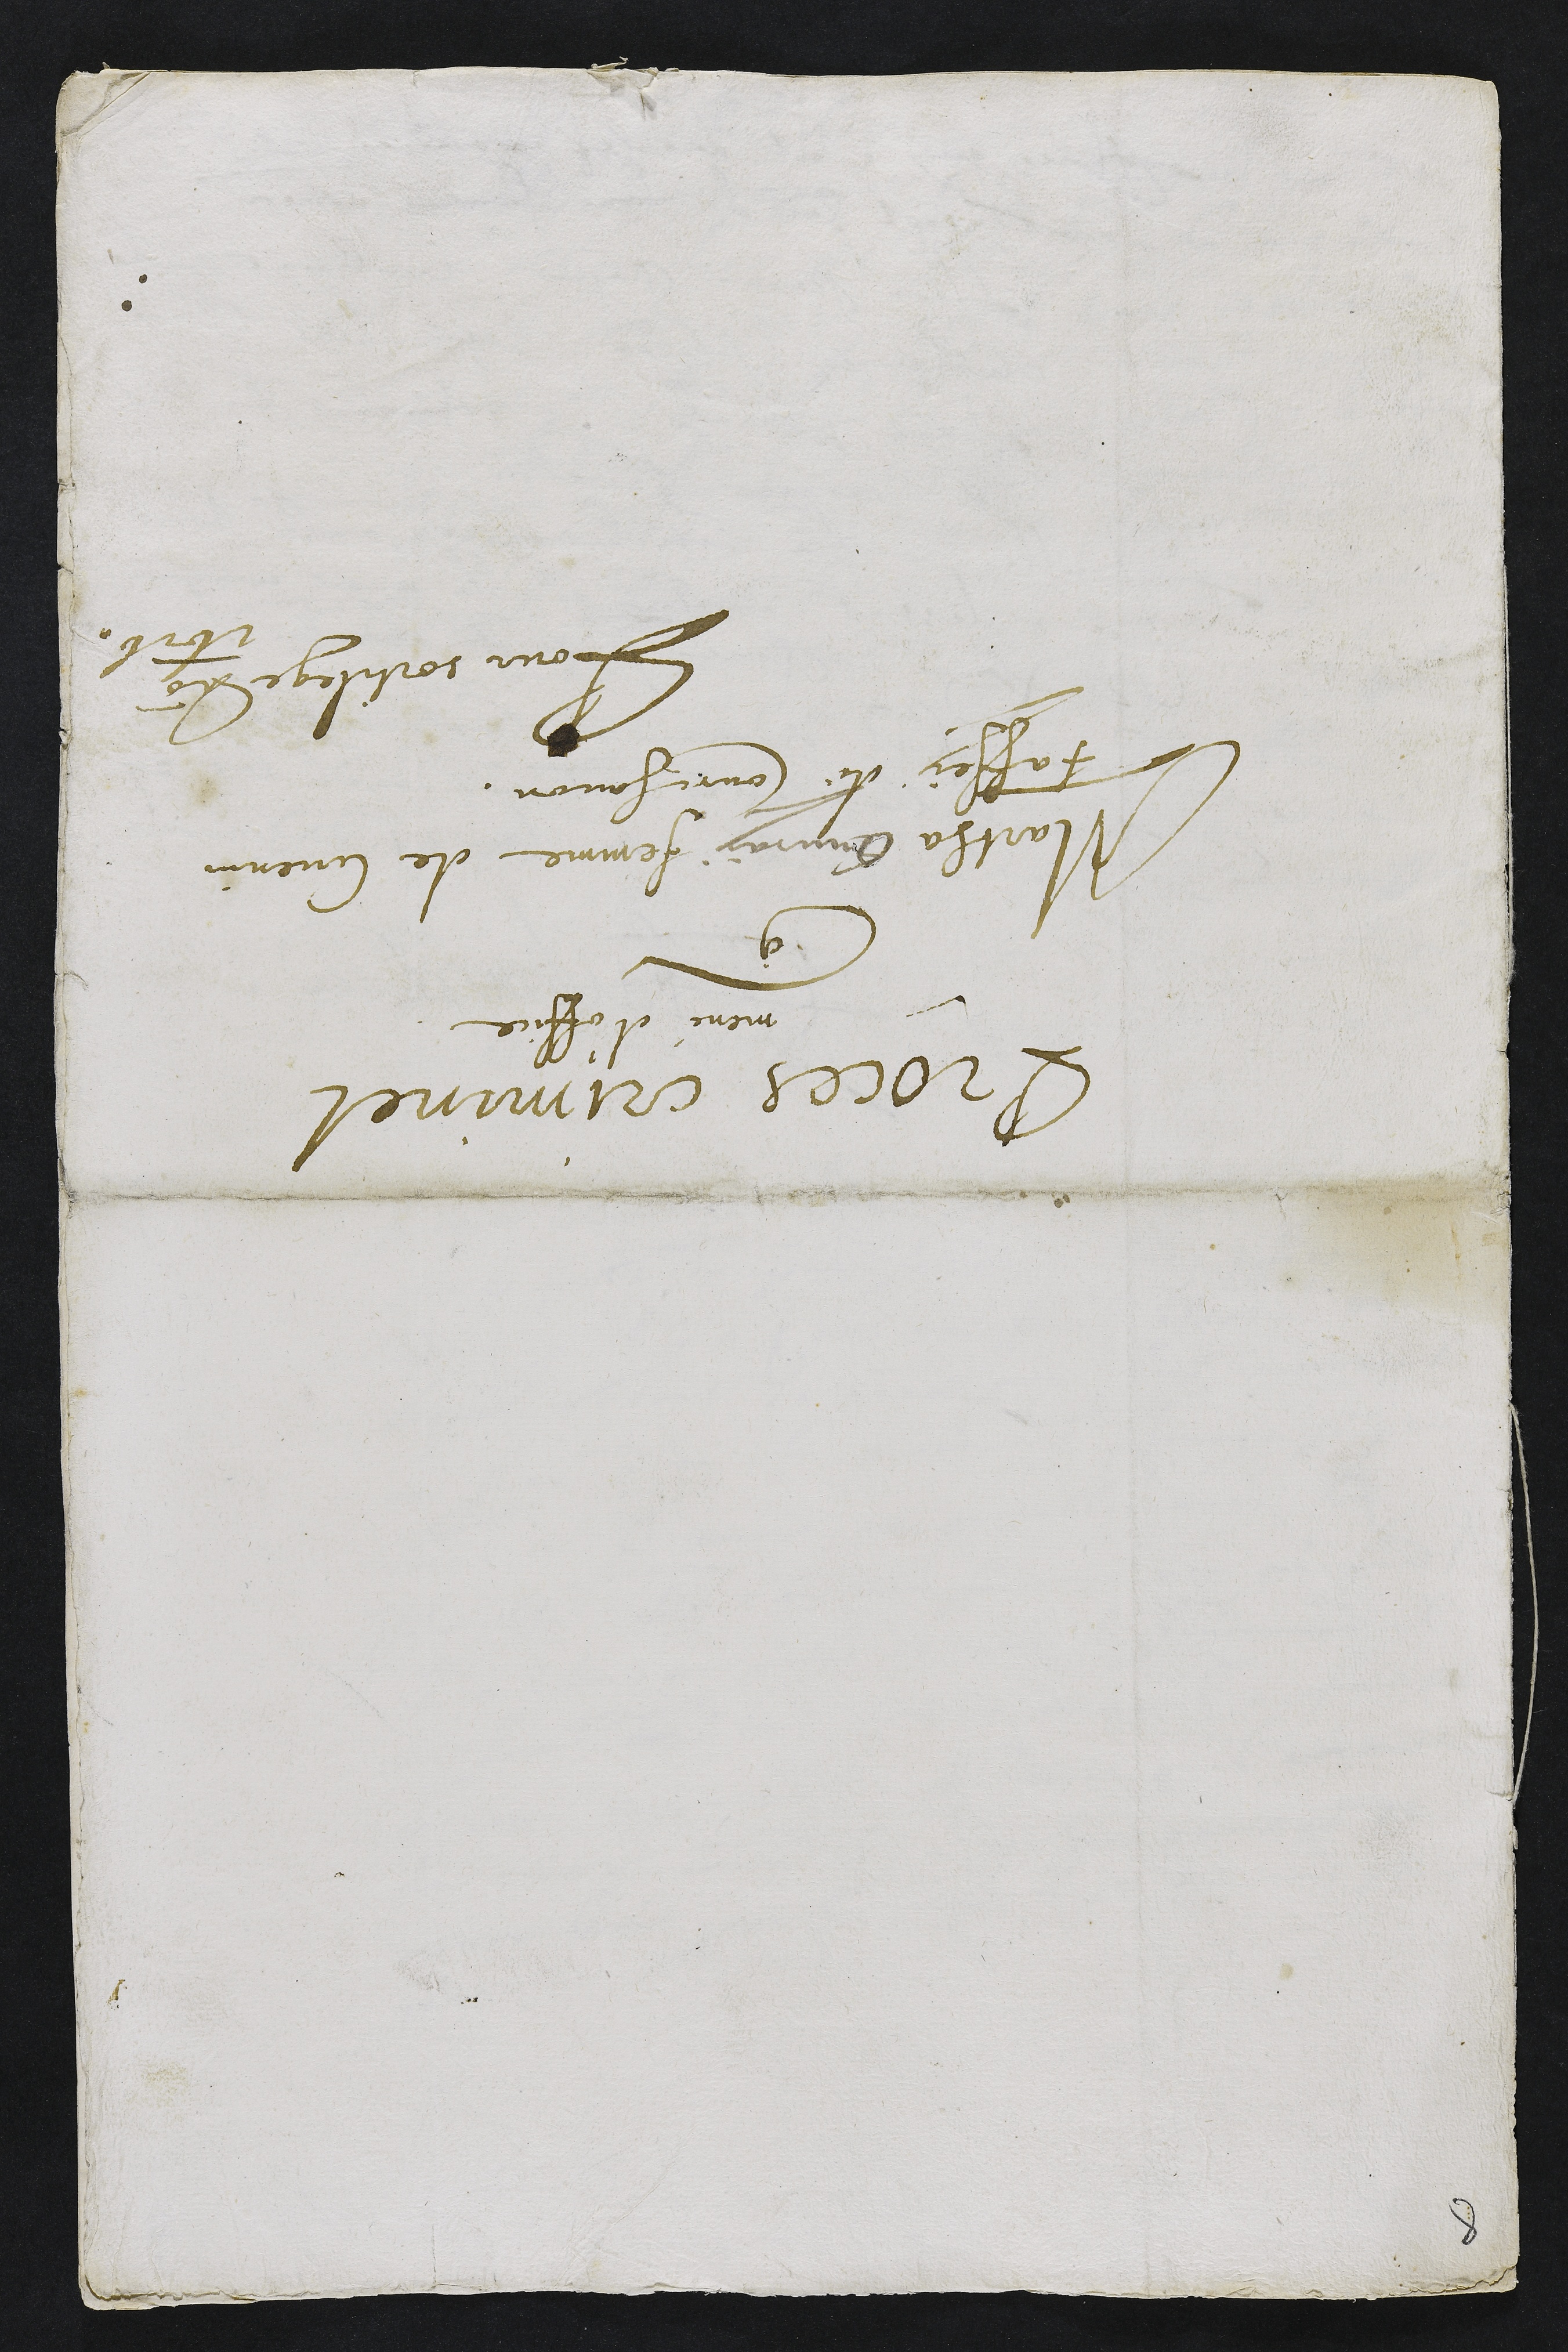
Proces criminel
mené d'office
contre
Martha Ouvray femme de Cuenin
Faffey de Courchavon.
Pour sortilege Anno
1616.